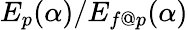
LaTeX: E_{p}(\alpha)/E_{f@p}(\alpha)